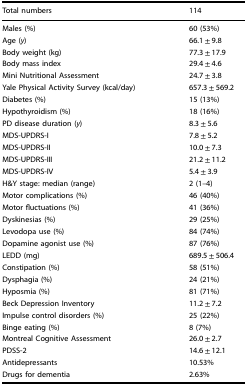
| Total numbers | 114 |
 | --- | --- |
 | Males (%) | 60 (53%) |
 | Age (y) | 66.1 ± 9.8 |
 | Body weight (kg) | 77.3 ± 17.9 |
 | Body mass index | 29.4 ± 4.6 |
 | Mini Nutritional Assessment | 24.7 ± 3.8 |
 | Yale Physical Activity Survey (kcal/day) | 657.3 ± 569.2 |
 | Diabetes (%) | 15 (13%) |
 | Hypothyroidism (%) | 18 (16%) |
 | PD disease duration (y) | 8.3 ± 5.6 |
 | MDS-UPDRS-I | 7.8 ± 5.2 |
 | MDS-UPDRS-II | 10.0 ± 7.3 |
 | MDS-UPDRS-III | 21.2 ± 11.2 |
 | MDS-UPDRS-IV | 5.4 ± 3.9 |
 | H&Y stage: median (range) | 2 (1–4) |
 | Motor complications (%) | 46 (40%) |
 | Motor fluctuations (%) | 41 (36%) |
 | Dyskinesias (%) | 29 (25%) |
 | Levodopa use (%) | 84 (74%) |
 | Dopamine agonist use (%) | 87 (76%) |
 | LEDD (mg) | 689.5 ± 506.4 |
 | Constipation (%) | 58 (51%) |
 | Dysphagia (%) | 24 (21%) |
 | Hyposmia (%) | 81 (71%) |
 | Beck Depression Inventory | 11.2 ± 7.2 |
 | Impulse control disorders (%) | 25 (22%) |
 | Binge eating (%) | 8 (7%) |
 | Montreal Cognitive Assessment | 26.0 ± 2.7 |
 | PDSS-2 | 14.6 ± 12.1 |
 | Antidepressants | 10.53% |
 | Drugs for dementia | 2.63% |